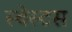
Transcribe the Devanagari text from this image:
स्बेस्टस